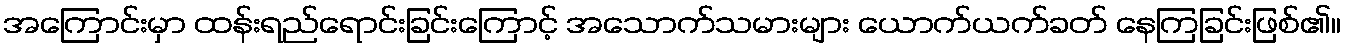
အကြောင်းမှာ ထန်းရည်ရောင်းခြင်းကြောင့် အသောက်သမားများ ယောက်ယက်ခတ် နေကြခြင်းဖြစ်၏။